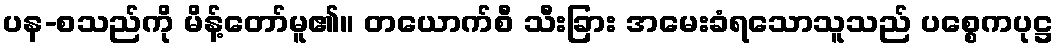
ပန-စသည်ကို မိန့်တော်မူ၏။ တယောက်စီ သီးခြား အမေးခံရသောသူသည် ပစ္စေကပုဋ္ဌ